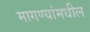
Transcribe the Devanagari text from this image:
मागण्यांमधील